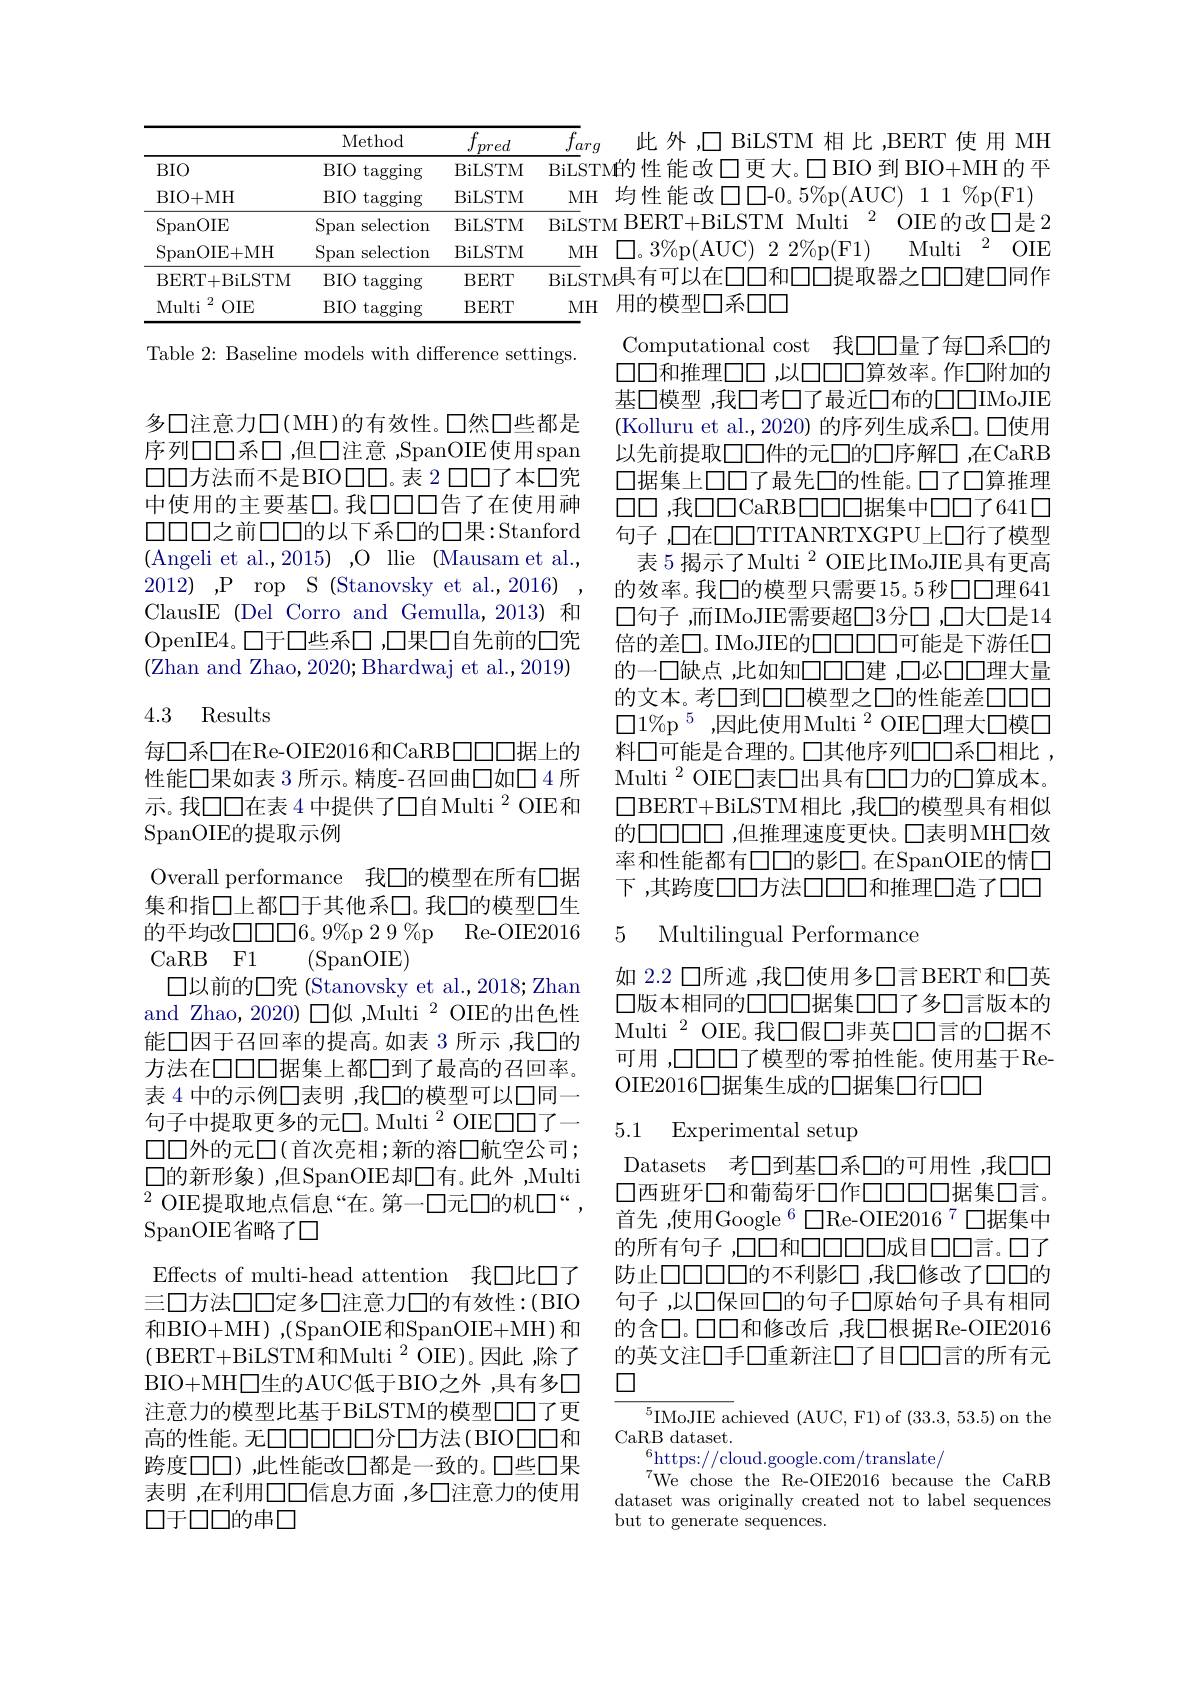
<table>
	<tbody>
		<tr>
			<th> </th>
			<th>Method</th>
			<th>$\underline{f_{pred}}$</th>
			<th>$\overline{f_a}$</th>
		</tr>
		<tr>
			<td>$BIO$</td>
			<td>$BIO$ $\operatorname{taggingr}$</td>
			<td>BiLSTM</td>
			<td>BiLS</td>
		</tr>
		<tr>
			<td>BIO+ MH</td>
			<td>$BIO$ $\operatorname{tagging}$</td>
			<td>BiLSTM</td>
			<td>$M$</td>
		</tr>
		<tr>
			<td>SpanOIE</td>
			<td>Span s selection</td>
			<td>BiLSTM</td>
			<td>BiLS</td>
		</tr>
		<tr>
			<td>SpanOIE+ MH</td>
			<td>Span selection</td>
			<td>BiLSTM</td>
			<td>$M$</td>
		</tr>
		<tr>
			<td>BERT+ BiLSTM</td>
			<td>$BIO$ $\operatorname{tagging}$</td>
			<td>BERT</td>
			<td>BiLS</td>
		</tr>
		<tr>
			<td>Multi 2 $OIE$</td>
			<td>$BIO$ $\operatorname{tagging}$</td>
			<td>BERT</td>
			<td>$M$</td>
		</tr>
	</tbody>
</table>

Table 2: Baseline models with difference settings.

多口注意力口(MH)的有效性。口然口些都是序列口口系口，但口注意 ,SpanOIE使用span $\square\square$方法而不是BIO口口。表 2 口口了本口究中使用的主要基口。我口口口告了在使用神$\square\square\square\square$之前口口的以下系口的口果：Stanford (Angeli et al.,2015) ,O llie (Mausam et al., 2012),P rop S (Stanovsky et al.,2016), ClausIE (Del Corro and Gemulla,2013) 和OpenIE4。口于口些系口，口果口自先前的口究(Zhan and Zhao, 2020; Bhardwaj et al., 2019)

## 4.3 Results

每口系口在Re-OIE2016和CaRB口口口据上的性能口果如表 3 所示。精度-召回曲口如口 4 所示。我口口在表 4 中提供了口自Multi $^{2}$ OIE和SpanOIE的提取示例
Overall performance 我口的模型在所有口据集和指口上都口于其他系口。我口的模型口生的平均改口口6。9%p 2 9 %p Re-OIE2016 CaRB F1 (SpanOIE)
$\square$以前的口究 (Stanovsky et al., 2018; Zhan and Zhao, 2020) 口似 ,Multi $^{2}$ OIE的出色性能口因于召回率的提高。如表 3 所示 ,我口的方法在口口口据集上都口到了最高的召回率。表 4 中的示例口表明 ,我口的模型可以口同一句子中提取更多的元口。Multi $^{2}$ OIE口口了一$\square\square$外的元口(首次亮相；新的溶口航空公司； $\square$的新形象),但SpanOIE却□有。此外，Multi $^{2}$ OIE提取地点信息“在。第一口元口的机口“, SpanOIE省略了口
Effects of multi-head attention 我口此口了三口方法口口定多口注意力口的有效性：(BIO 和BIO+MH),(SpanOIE和SpanOIE+MH)和(BERT+BiLSTM和Multi$^2$OIE)。因此，除了BIO+ MH$\square$生的AUC低于BIO之外，具有多口注意力的模型比基于BiLSTM的模型口口了更高的性能。无口口口口口分口方法(BIO口口和跨度口口),此性能改口都是一致的。口些口果表明 ,在利用口口信息方面 ,多口注意力的使用口于口口的串口

此外，□ BiLSTM 相 比 ,BERT 使用 MH
$\overline{{\mathrm{BiLSTM}}}$的性能改口更大。口BIO 到 BIO+MH 的平
MH 均性能改口口-0。5%p(AUC)11%p(F1)
$\overline{\mathrm{BiLSTM~BERT+BiLSTM~Multi~}^2}$OIE的改口是 2
MH $\square 。3\%$p(AUC$)22\%$p(F1) Multi$^2$OIE $\overline{\text{BiL}}$STM具有可以在口和口口提取器之口口建口同作
MH 用的模型口系口口

Computational cost 我口口量了每口系口的口口和推理口，以口口口口算效率。作口附加的基口模型 ,我□考□了最近口布的□□IMoJIE (Kolluru et al.,2020) 的序列生成系口。口使用以先前提取口口件的元口的口序解口，在CaRB 口据集上口口了最先口的性能。口了口算推理$\square\square$ ,我口口CaRB$\square\square\square\square$据集中口口了641$\square$ 句子 ,口在口口TITANRTXGPU上口行了模型
表 5 揭示了Multi $^{2}$ OIE比IMoJIE具有更高的效率。我口的模型只需要15。5秒口口理641口句子，而IMoJIE需要超口3分口 ,口大口是14倍的差$\square$。IMoJIE的口口口口可能是下游任口的一口缺点，比如知口口口建 ,口必口口理大量的文本。考口到口口模型之口的性能差口口口$\square1\%\mathrm{p}^{5}$,因此使用Multi$^2$OIE$\square$理大口模口料口可能是合理的。口其他序列口口系口相比 , Multi$^{2}$OIE□表口出具有口口力的口算成本。$\square$BERT+BiLSTM相比 ,我口的模型具有相似的口口口口口，但推理速度更快。口表明MH口效率和性能都有口口的影口。在SpanOIE的情口下 ,其跨度口口方法口口口和推理口造了口口

## 5 Multilingual Performance

如 2.2 口所迹 ,我口使用多□言 BERT和口英口版本相同的口口口据集口口了多口言版本的Multi$^{2}$ OIE。我口假口非英口口言的口据不可用 ,口口口口了模型的幂拍性能。使用基于ReOIE2016口据集生成的口据集口行口口

# 5.1 Experimental setup

Datasets 考口到基口系口的可用性 ,我口口口西班牙口和葡萄牙口作口口口口据集口言。首先 ,使用Google $^{6}\square$Re-OIE2016$^{7}\square$据集中的所有句子，口口和口口口口成目口口言。口了防止口口口口口的不利影口，我口修改了口口的句子，以口保回口的句子口原始句子具有相同的含口。口口和修改后 ,我口根据Re-OIE2016的英文注口手口重新注口了目口口言的所有元口

${}^{5}$IMoJIE achieved (AUC, F1) of (33.3, 53.5) on the
CaRB dataset.
$^{6}$https://cloud.google.com/translate/
$^{7}$We chose the Re-OIE2016 because the CaRB dataset was originally created not to label sequences but to generate sequences.